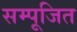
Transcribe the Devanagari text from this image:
सम्पूजित